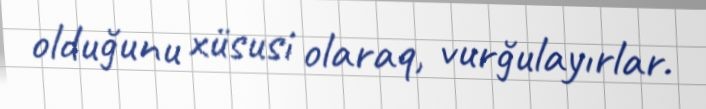
olduğunu xüsusi olaraq, vurğulayırlar.